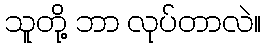
သူတို့ ဘာ လုပ်တာလဲ။